Report on sanitation, dispensaries, and jails in Rajputana for 1915, and on vaccination for the year 1915-1916 - 1915-1916
Year: 1915
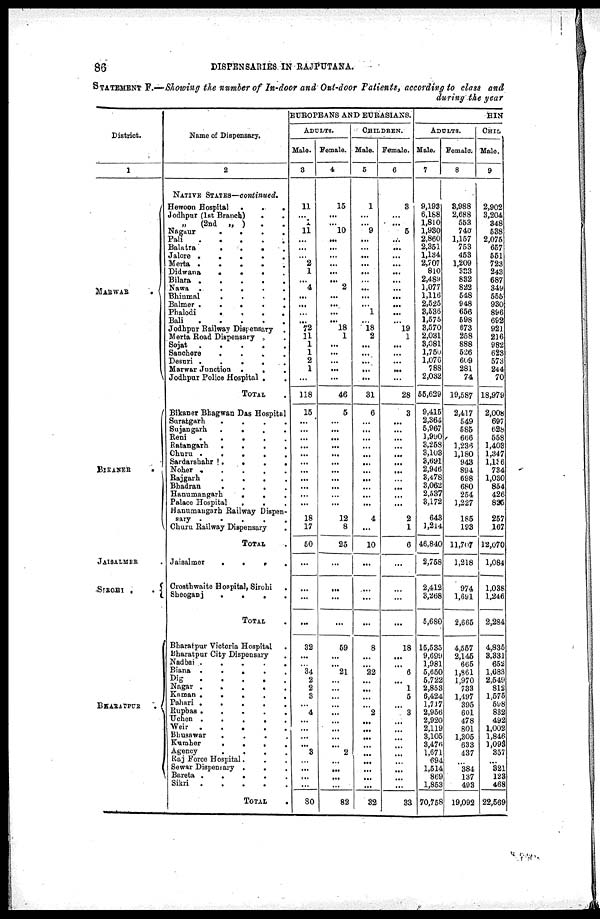
86
DISPENSARIES IN RAJPUTANA.
STATEMENT F.—Showing the number of In-door and Out-door Patients, according to class and
during the year
District.
1
MARWAR
BIKANER
JAISALMER .
BHARATPUR
.
Name of Dispensary.
2
NATIVE STATES—continued.
Heweon Hospital
.
.
.
Jodhpur (1st Branch)
.
.
„
(2nd „ )
. .
Nagaur
.
.
.
.
Pali
.....
Balatra
.
.
.
.
Jalore .
.
.
.
.
Merta .
.
.
.
Didwana . . . .
Bilara .....
Nawa .
.
.
.
.
Bhinmal
.
.
.
.
Balmer .
.
.
.
.
Phalodi
.
.
.
.
Bali
.
.
.
.
.
Jodhpur Railway Dispensary
.
Merta Road Dispensary .
.
Sojat
.
.
.
.
Sanchore
.
.
.
.
Desuri .
.
.
.
Marwar Junction .
.
.
Jodhpur Police Hospital .
.
TOTAL .
Bikaner Bhagwan Das Hospital
Suratgarh
.
.
.
.
Sujangarh
.
.
.
.
Reni
.
.
.
.
.
Ratangarh
.
.
.
.
Churu
.
.
.
.
.
Sardarshahr .
.
.
.
Noher .....
Rajgarh
.
.
.
.
Bhadran
.
.
.
.
Hanumangarh
.
. .
Palace Hospital
.
. .
Hanumangarh Railway Dispen-
sary .....
Churn Railway Dispensary .
TOTAL .
Jaisalmer
.
.
.
.
Crosthwaite Hospital, Sirohi
.
Sheoganj
.
.
.
.
TOTAL .
Bharatpur Victoria Hospital .
Bharatpur City Dispensary
Nadbai
.
.
.
.
.
Biana
.....
Dig
.....
Nagar
.
.
.
.
Kaman .
.
.
.
.
Pahari
.....
Rupbas
.....
Uchen
.
.
.
.
.
Weir
.....
Bhusawar
.
.
.
.
Kumher
.
.
.
.
Agency
.
.
.
.
Raj Force Hospital.
Sewar Dispensary .
Bareta
.....
Sikri
.....
TOTAL .
EUROPEANS AND EURASIANS.
ADULTS.
Male.
3
11
...
...
11
...
...
...
2
1
...
4
...
...
...
...
72
11
1
1
2
1
...
118
15
...
...
...
...
...
...
...
...
...
...
...
18
17
50
...
...
...
...
32
...
...
34
2
2
3
...
4
...
...
...
...
3
...
...
...
...
80
Female.
4
15
...
...
10
...
...
...
...
...
...
2
...
...
...
...
18
1
...
...
...
...
...
46
5
...
...
...
...
...
...
...
...
...
...
...
12
8
25
...
...
...
...
59
...
...
21
...
...
...
...
...
...
...
...
...
2
...
...
...
...
82
CHILDREN.
Male.
5
1
...
...
9
...
...
...
...
...
...
...
...
...
1
...
18
2
...
...
...
...
...
31
6
...
...
...
...
...
...
...
...
...
...
...
4
...
10
...
...
...
...
8
...
...
22
...
...
...
...
2
...
...
...
...
...
...
...
...
...
32
Female.
6
3
...
...
5
...
...
...
...
...
...
...
...
...
...
19
1
...
...
...
...
...
28
3
...
...
...
...
...
...
...
...
...
...
...
2
1
6
...
...
...
...
18
...
...
6
...
1
5
...
3
...
...
...
...
...
...
...
...
...
33
HIN
ADULTS.
Male.
7
9,193
6,188
1,810
1,930
2,860
2,351
1,134
2,707
810
2,489
1,077
1,116
2,525
3,536
1,575
3,570
2,031
3,081
l,750
1,076
788
2,032
55,629
9,415
2,364
5,967
1,990
3,258
3,103
3,691
2,946
3,478
3,062
2,537
3,172
643
1,214
46,840
2,758
2,412
3,268
5,680
15,535
9,699
1,981
5,650
5,722
2,853
6,424
1,717
2,956
2,920
2,119
3,105
3,476
1,671
694
1,514
869
1,853
70,758
Female.
8
3,988
2,688
553
740
1,157
753
453
1,209
333
832
822
548
948
656
598
673
258
888
526
609
281
74
19,587
2,417
549
585
666
1,236
1,180
943
894
698
680
254
1,227
185
193
11,707
1,218
974
1,691
2,665
4,557
2,145
665
1,861
1,970
733
1,497
395
601
478
801
1,305
633
437
...
384
137
493
19,092
CHIL
Male.
9
2,902
3,204
348
538
2,075
657
551
723
243
687
349
555
930
896
692
921
216
982
623
573
244
70
18,979
2,008
697
628
558
1,403
1,347
1,196
734
1,030
854
426
825
257
167
12,070
1,084
1,038
1,246
2,284
4,835
3,331
652
1,683
2,549
812
1,575
598
832
492
1,002
1,846
1,093
357
...
321
123
468
22,569